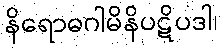
နိရောဓဂါမိနိပဋိပဒါ၊